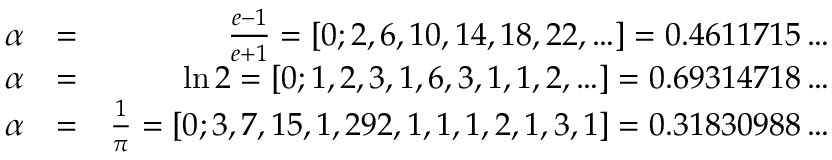
\begin{array} { r l r } { \alpha } & { = } & { \frac { e - 1 } { e + 1 } = [ 0 ; 2 , 6 , 1 0 , 1 4 , 1 8 , 2 2 , \ldots ] = 0 . 4 6 1 1 7 1 5 \ldots } \\ { \alpha } & { = } & { \ln 2 = [ 0 ; 1 , 2 , 3 , 1 , 6 , 3 , 1 , 1 , 2 , \ldots ] = 0 . 6 9 3 1 4 7 1 8 \ldots } \\ { \alpha } & { = } & { \frac { 1 } { \pi } = [ 0 ; 3 , 7 , 1 5 , 1 , 2 9 2 , 1 , 1 , 1 , 2 , 1 , 3 , 1 ] = 0 . 3 1 8 3 0 9 8 8 \ldots } \end{array}